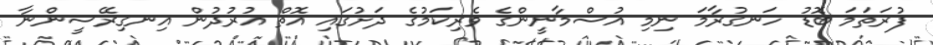
ފުރަތަމަ ބޮޑު ހަނގުރާމަ ނިމި އުސްމާނީންގެ ވެރިކަމުގެ ދަށުގައި އޮތް އުރުދުން އިނގިރޭސީންނާ